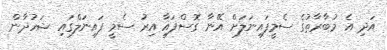
އަދި އެ މުބާރާތުގެ ސެމީފައިނަލަށް އޭނާ ގޮސްފައިާ އިރު ސެމީ ފައިނަލްގައި ޝަހުދާން